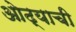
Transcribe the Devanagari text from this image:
ओढ्याची